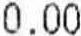
0.00